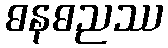
ဓနဓညဿ